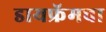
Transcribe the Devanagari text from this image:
डायफ्रॅमचा